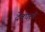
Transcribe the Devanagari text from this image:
देवघरचे